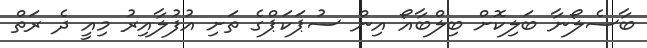
ބާސެލޯނާ ބަލިކޮށް ބިލްބާއޯ އިން ސުޕަކަޕްގެ ތަށި އުފުލާއިރު މިއީ ދެ ރަތް